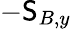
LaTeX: -\mathsf{S}_{B,y}